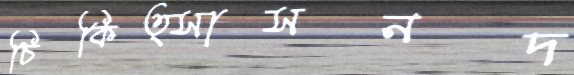
চিকিত্সাসনদ